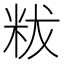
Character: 𥹔